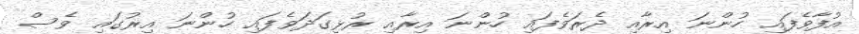
އުފާވެފައި ހުންނަ އިރާއި ދެރަވެފައި ހުންނަ އިރާއި ރުޅިގަދަވެފައި ހުންނަ އިރުގައި ވެސް